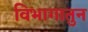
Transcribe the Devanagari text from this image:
विभागातुन